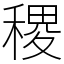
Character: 稷